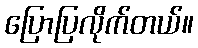
ပြောပြလိုက်တယ်။